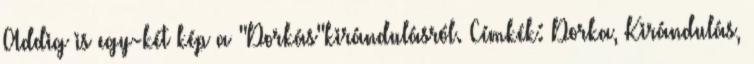
Addig is egy-két kép a "Dorkás"kirándulásról. Címkék: Dorka, Kirándulás,